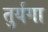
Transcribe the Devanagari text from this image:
तुर्यगा